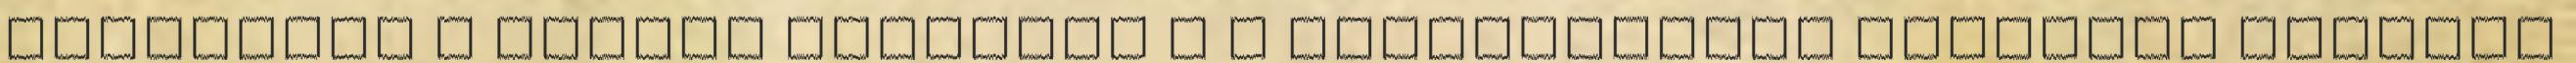
állította a keleti gótokkal s a jobbszárnyat Ardarich gepidái